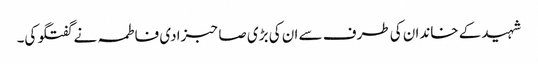
شہید کے خاندان کی طرف سے ان کی بڑی صاحبزادی فاطمہ نے گفتگو کی۔